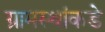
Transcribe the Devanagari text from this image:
ग्रामस्थांकडे